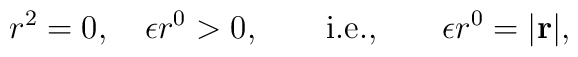
r^2 = 0 , \quad \epsilon r^0>0,\qquad {\rm i.e.,} \qquad\epsilon r^0 = |\bf r|,